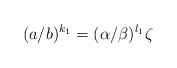
\begin{align*} (a/b)^{k_1}=(\alpha/\beta)^{l_1}\zeta\end{align*}